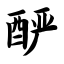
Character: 酽